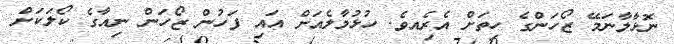
ނޮޅާލާނަމޭ ޒޯހަންގެ ހިތަށް އެރިެއވެ. ހުޅުމާލެއަށް އައި ފަހުން ޒޯހަން ނިއާގެ ކޯލަކަށް